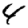
Digit: 8